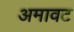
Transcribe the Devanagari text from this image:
अमावट